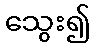
သွေး၍